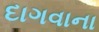
દાગવાના